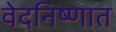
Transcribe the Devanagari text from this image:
वेदनिष्णात